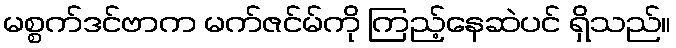
မစ္စက်ဒင်ဗာက မက်ဇင်မ်ကို ကြည့်နေဆဲပင် ရှိသည်။